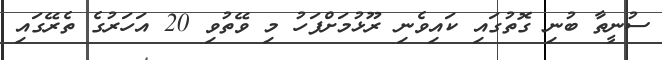
ސުނީތާ ބުނި ގޮތުގައި ކައިވެނި ރޫޅުމަށްފަހު މި ވޭތުވި 20 އަހަރުގެ ތެރޭގައި